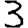
Digit: 3